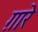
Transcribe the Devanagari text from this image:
ग़ारे